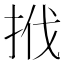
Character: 𢬩